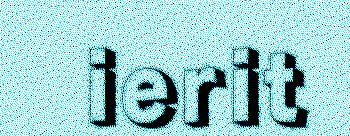
ierit